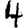
Digit: 4